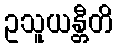
ဥသူယန္တီတိ